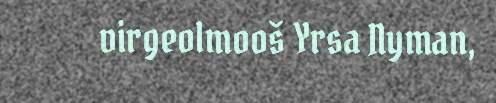
virgeolmooš Yrsa Nyman,